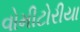
વોમીટોરીયા